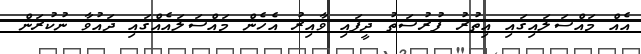
އެއް މައްސަލައިގައި އިތުރު ފުރުސަތު ދީފައި ވާއިރު އެހެން މައްސަލައެއްގައި ދައުވާ ނުކުރަން